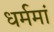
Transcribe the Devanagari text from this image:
धर्ममां